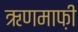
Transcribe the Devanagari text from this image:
ऋणमाफ़ी